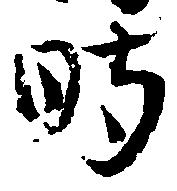
時